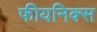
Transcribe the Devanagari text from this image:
फीयनिक्स